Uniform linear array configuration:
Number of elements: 4
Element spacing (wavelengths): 1
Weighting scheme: kaiser
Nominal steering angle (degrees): -45
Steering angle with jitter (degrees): -45.505
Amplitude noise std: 0.05
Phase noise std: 0.05

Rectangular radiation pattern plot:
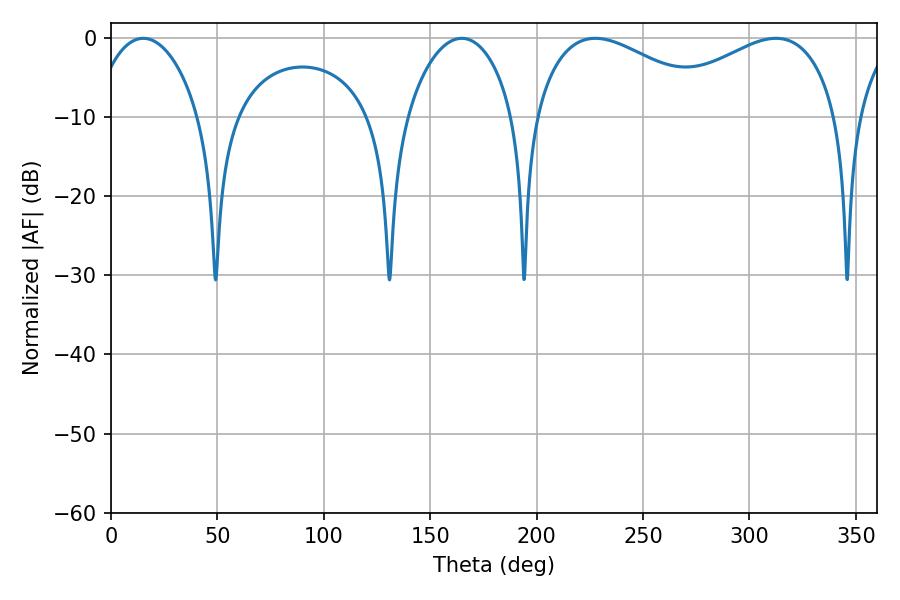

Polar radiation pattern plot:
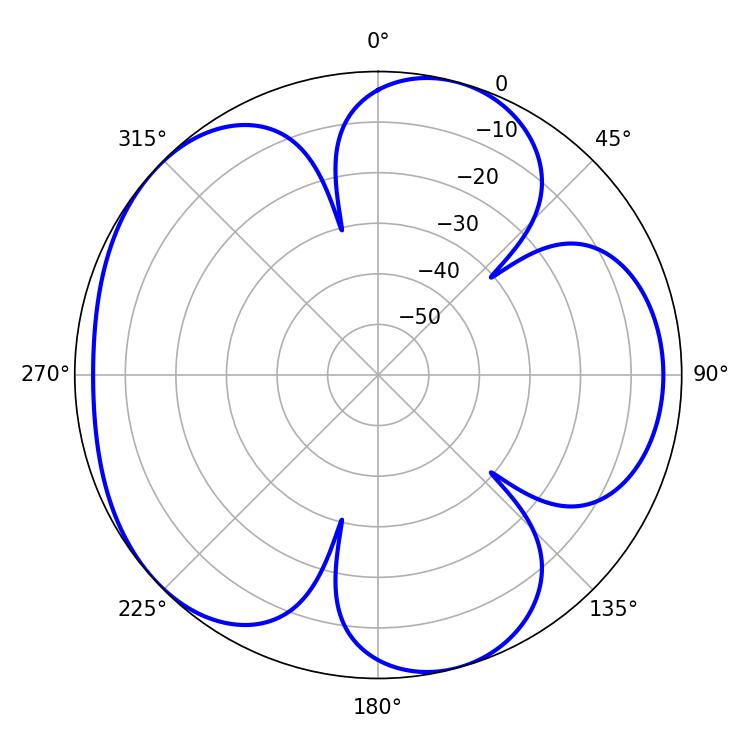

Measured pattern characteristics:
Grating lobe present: TRUE
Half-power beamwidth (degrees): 47.7
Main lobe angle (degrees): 227.52